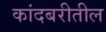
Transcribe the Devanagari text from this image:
कांदबरीतील